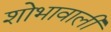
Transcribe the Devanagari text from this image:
शोभावाली